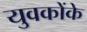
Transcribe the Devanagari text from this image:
युवकोंके